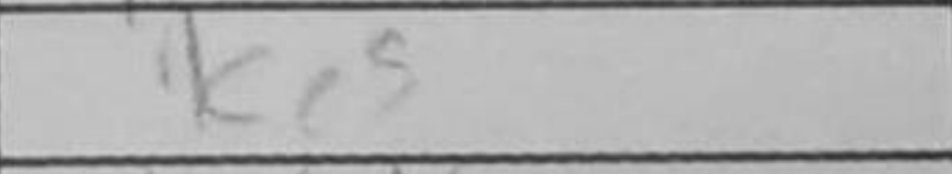
Transcription: Kc5